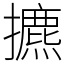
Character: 㩠